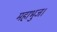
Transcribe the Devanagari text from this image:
महाभुज।